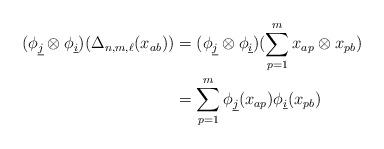
LaTeX: \begin{align*}(\phi_{\underline{j}}\otimes \phi_{\underline{i}})(\Delta_{n,m,\ell}(x_{ab})) &= (\phi_{\underline{j}}\otimes \phi_{\underline{i}})(\sum_{p=1}^m x_{ap}\otimes x_{pb}) \\&= \sum_{p=1}^m \phi_{\underline{j}}(x_{ap}) \phi_{\underline{i}}(x_{pb}) \end{align*}